Annual report of the Imperial Bacteriologist
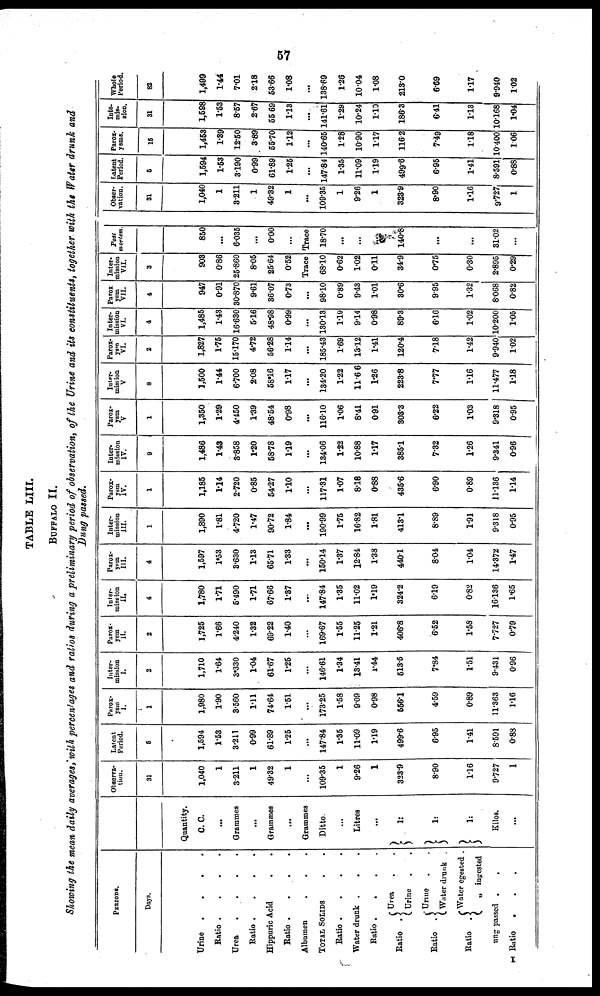
57
TABLE LIII.
BUFFALO II.
Showing the mean daily averages, with percentages and ratios during a preliminary period of observation, of the Urine and its constituents, together with the Water drunk and
Dung passed.
PERIODS.
Days.
Urine
.
Ratio .
Urea
.
Ratio .
Hippuric Acid
Ratio .
Albumen
TOTAL SOLIDS
Ratio .
Water drunk
Ratio .
.
.
.
.
.
.
.
.
.
.
.
Urea
Ratio
{
Urine
Urine
Ratio . {
.
.
.
.
.
.
.
.
.
.
.
.
.
.
.
.
.
.
.
.
.
.
.
.
.
.
.
.
Water drunk .
Water egested .
Ratio . { „ ingested
ung passed
I Ratio
.
.
.
.
.
Quantity.
C.C.
...
Grammes
...
Grammes
...
Grammes
Ditto.
...
Litres
...
} 1 :
1:
} 1:
Kilos.
...
Observa-
tion.
31
1,040
1
3.211
1
49.32
1
...
109.35
1
9.26
1
323.9
8.90
1.16
9.727
1
Latent
Period.
5
1,594
1.53
3.211
0.99
61.89
1.25
...
147.84
1.35
11.09
1.19
499.6
6.95
1.41
8.591
0.88
Parox-
ysm
1
1,980
1.90
3.560
1.11
74.64
1.51
...
173.25
1.58
9.09
0.98
556.1
4.59
0.89
11.363
1.16
Inter-
mission
I.
2
1,710
1.64
3.330
1.04
61.67
1.25
...
146.61
1.34
13.41
1.44
513.5
7.84
1.51
9.431
0.96
Parox-
ysm
II.
2
1,725
1.66
4.240
1.32
69.22
1.40
...
169.67
1.55
11.25
1.21
406.8
6.52
1.58
7.727
0.79
Inter-
mission
II.
4
1,780
1.71
5.490
1.71
67.66
1.37
...
147.84
1.35
11.02
1.19
324.2
6.19
0.82
16.136
1.65
Parox¬
ysm
III.
4
1,597
1.53
3.630
1.13
65.71
1.33
...
150.14
1.37
12.84
1.38
440.1
8.04
1.04
14.372
1.47
Inter-
mission
III.
1
1,890
1.81
4.720
1.47
90.72
1.84
...
190.99
1.75
16.82
1.81
413.1
8.89
1.91
9.318
0.95
Parox-
ysm
IV.
1
1,185
1.14
2.720
0.85
54.27
1.10
...
117.31
1.07
8.18
0.88
435.6
6.90
0.89
11.136
1.14
Inter-
mission
IV.
9
1,486
1.43
3.858
1.20
58.78
1.19
...
134.06
1.22
10.88
1.17
385.1
7.32
1.26
9.341
0.96
Parox-
ysm
V
1
1,350
1.29
4.450
1.39
48.54
0.98
...
116.10
1.06
8.41
0.91
303.3
6.22
1.03
9.318
0.95
Inter¬
miscion
V
8
1,500
1.44
6.700
2.08
58.16
1.17
...
134.20
1.22
11.66
1.26
223.8
7.77
1.16
11.477
1.18
Parox-
ysm
VI.
2
1,827
1.75
15.170
4.72
56.28
1.14
...
185.43
1.69
13.12
1.41
120.4
7.18
1.42
9.940
1.02
Inter-
mission
VL.
4
1,485
1.43
16.630
5.16
48.98
0.99
...
130.13
1.19
9.14
0.98
89.3
6.16
1.02
10.200
1.05
Parox¬
ysm
VII.
4
947
0.91
30.870
9.61
36.07
0.73
...
98.10
0.89
9.43
1.01
30.6
9.95
1.32
8.068
0.82
Inter-
mission
VII.
3
903
0.86
25.860
8.05
25.64
0.52
Trace
68.10
0.62
1.02
0.11
34.9
0.75
0.30
2.895
0.29
Post
mortem.
850
...
6.035
...
0.00
...
Trace
18.70
...
...
...
140.8
...
...
31.02
...
Obser-
vation.
31
1,040
1
3.211
1
49.32
1
...
109.35
1
9.26
1
323.9
8.90
1.16
9.727
1
Latent
Period.
5
1,594
1.53
3.190
0.99
61.89
1.25
...
147.84
1.35
11.09
1.19
499.6
6.95
1.41
8.591
0.88
Parox-
ysms.
15
1,453
1.39
12.50
3.89
55.70
1.12
...
140.65
1.28
10.90
1.17
116.2
7.49
1.18
10.400
1.06
Inte-
--s¬
sion.
31
1,598
1.53
8.57
2.67
55.69
1.13
...
141.61
1.29
10.24
1.10
186.3
6.41
1.13
10.168
1.04
Whole
Period.
82
1,499
1.44
7.01
2.18
53.66
1.08
...
138.69
1.26
10.04
1.08
213.0
6.69
1.17
9.940
1.02